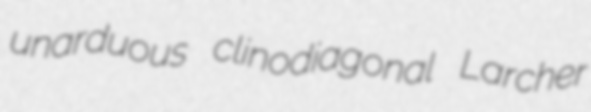
unarduous clinodiagonal Larcher